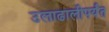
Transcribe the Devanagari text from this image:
उलाढालीपर्यंत